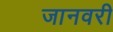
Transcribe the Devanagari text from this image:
जानवरी